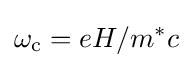
\omega _{\rm {c}}=eH/m^{*}c